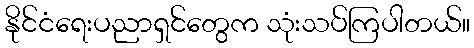
နိုင်ငံရေးပညာရှင်တွေက သုံးသပ်ကြပါတယ်။